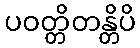
ပဝတ္တိတန္တိပိ